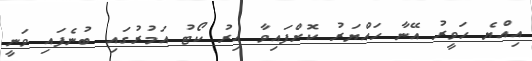
އިއްޔެ ހަވީރު އޭނާ ހައްޔަރު ކޮށްފައިވާ އިރު ކޯޓު އަމުރުގައި ބުނެފައި ވަނީ